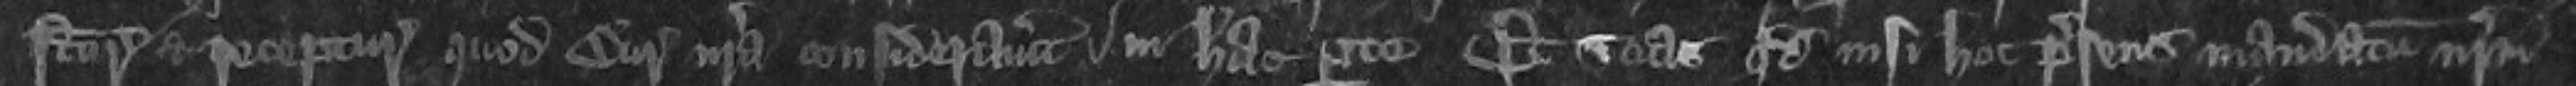
future et recepture quod Curia nostra consideravitur in hac parte Et scias quod nisi hoc presens mandatum nostrum